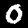
Digit: 0